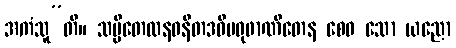
အကံသူ”တိ။ သပ္ပိတေလနဝနီတဒဓိမဓုဖာဏိတေန စေဝ သော ယညော